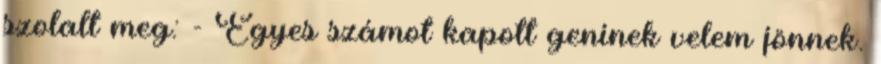
szolalt meg: - Egyes számot kapott geninek velem jönnek.